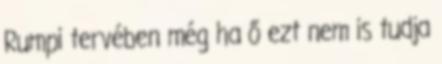
Rumpi tervében még ha ő ezt nem is tudja